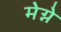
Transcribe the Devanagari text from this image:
मेग्ने